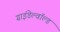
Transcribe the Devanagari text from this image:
ग्राइंडेल्वॉल्ड